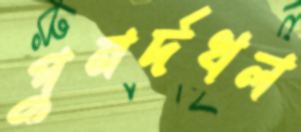
পুনর্দখল